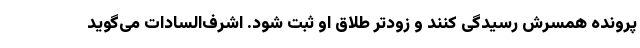
پرونده همسرش رسیدگی کنند و زودتر طلاق او ثبت شود. اشرف‌السادات می‌گوید